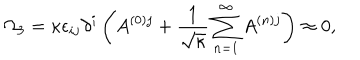
LaTeX: \Omega _ { 3 } = \kappa \epsilon _ { i j } \partial ^ { i } \left( A ^ { ( 0 ) j } + \frac { 1 } { \sqrt { \kappa } } \sum _ { n = 1 } ^ { \infty } A ^ { ( n ) j } \right) \approx 0 ,